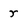
Character: r